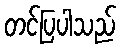
တင်ပြပါသည်